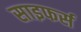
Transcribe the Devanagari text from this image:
साइफर्स